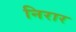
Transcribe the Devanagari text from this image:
निरार